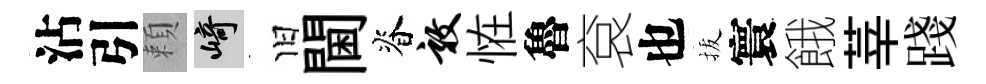
沾引頼崎旧閫脊敦恠魯袞也拔寰餓莘踐